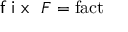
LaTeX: { \textsf { f i x } } \ F = \operatorname { f a c t }